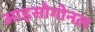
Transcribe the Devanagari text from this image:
आइसोगोनल